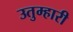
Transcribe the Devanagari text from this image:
उतुम्हारी